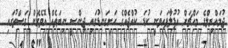
ޖުމައްޔިލްގެ މައްޗަށް އުފުލާފައިވަނީ ކުޑަ ކުއްޖެއްގެ ހަށިގަނޑުގައި ޖިންސީ ނިޔަތެއް އޮވެގެން ގަސްތުގައި